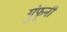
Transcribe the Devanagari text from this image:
गुंफूनी